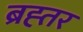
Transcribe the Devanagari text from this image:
ब्रह्तर